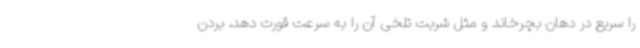
را سریع‌ در دهان بچرخاند و مثل شربت تلخی آن را به سرعت قورت دهد، بردن